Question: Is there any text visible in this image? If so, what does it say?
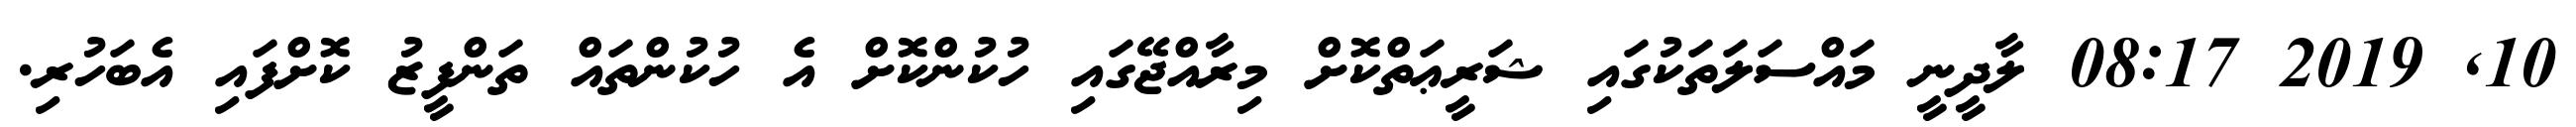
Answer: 10, 2019 08:17 ލާދީނީ މައްސަލަތަކުގައި ޝަރީޢަތްކޮށް މިރާއްޖޭގައި ހުކުންކޮށް އެ ހުކުންތައް ތަންފީޒު ކޮށްފައި އެބަހުރި.